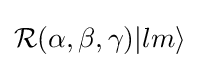
{\mathcal {R}}(\alpha ,\beta ,\gamma )|lm\rangle